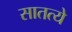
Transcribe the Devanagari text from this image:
सातत्ये